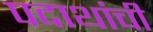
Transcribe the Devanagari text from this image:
पदाथांची